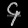
Digit: ၄